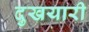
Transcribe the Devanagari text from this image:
दुखयारी